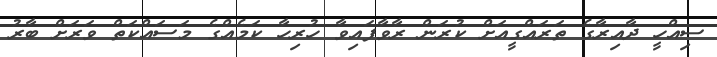
ސިއްހީ ދާއިރާގެ ތަރައްގީއަށް ކުރަން ރާވާފައިވާ ހުރިހާ ކަމެއްގެ މަސައްކަތް ވަރަށް ބާރު